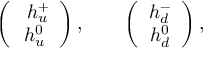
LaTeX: \left( \begin{array} { c } { { \ h _ { u } ^ { + } } } \\ { { h _ { u } ^ { 0 } } } \end{array} \right) , \qquad \left( \begin{array} { c } { { h _ { d } ^ { - } } } \\ { { h _ { d } ^ { 0 } } } \end{array} \right) , \qquad